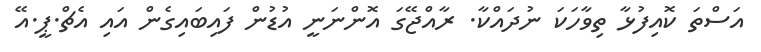
އަސްތަ ކޮއިފުޅާ ތިވާހަކަ ނުދައްކާ. ރާއްޖޭގަ އޮންނަނީ އުޑުން ފައިބައިގެން އައި އެޗް.ޕީ.އޭ